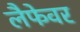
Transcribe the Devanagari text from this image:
लैफेवर